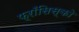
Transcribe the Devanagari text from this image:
फ़्राँसिस्को